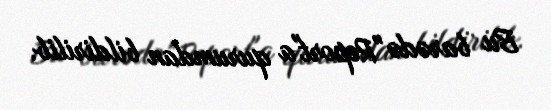
Bu barədə "Report"a qurumdan bildirilib.